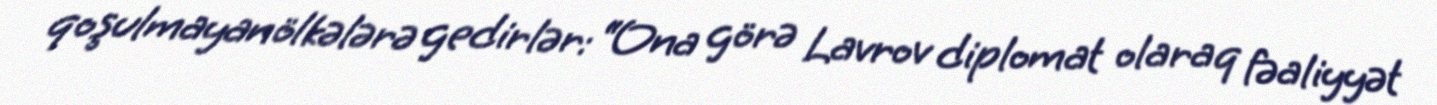
qoşulmayan ölkələrə gedirlər: “Ona görə Lavrov diplomat olaraq fəaliyyət